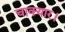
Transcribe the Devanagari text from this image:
चाक्यार।